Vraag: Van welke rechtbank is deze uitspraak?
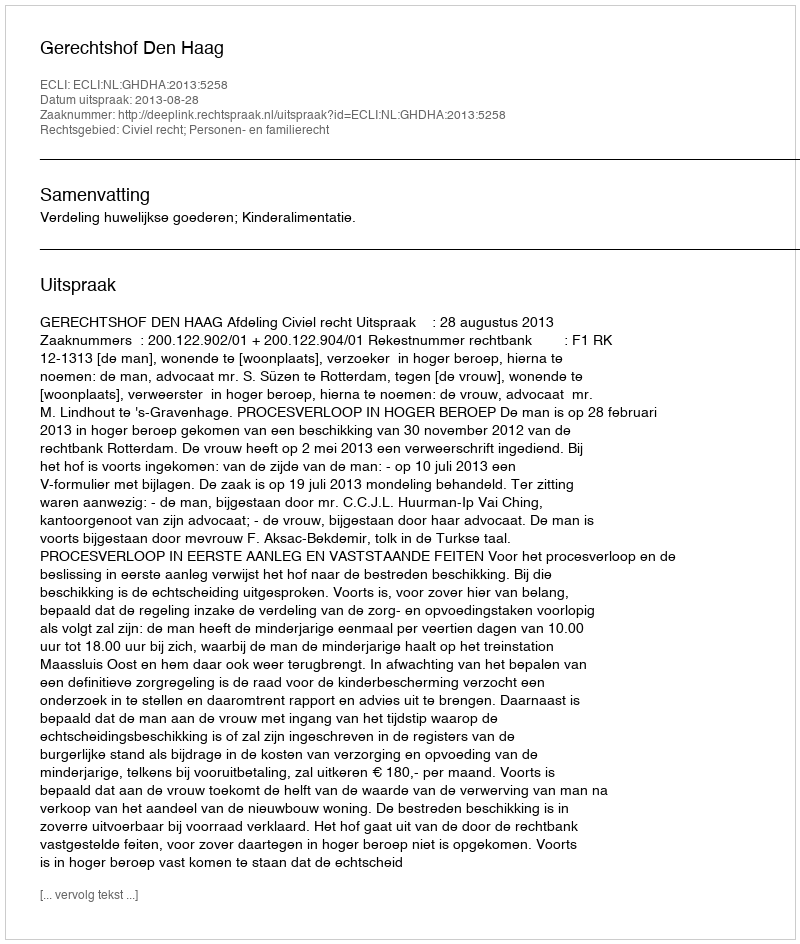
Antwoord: Gerechtshof Den Haag